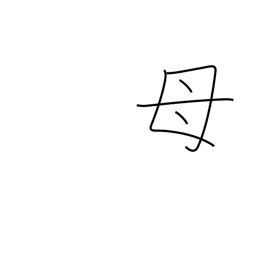
Meaning: mother